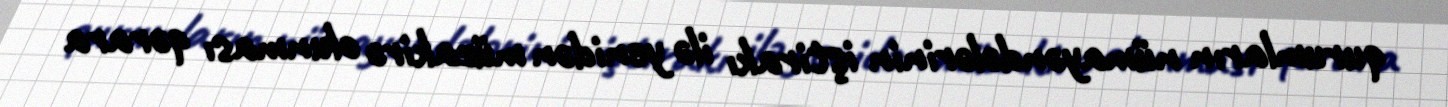
qurumların nümayəndələrinin iştirakı ilə yenidən müzakirə olunması qərara